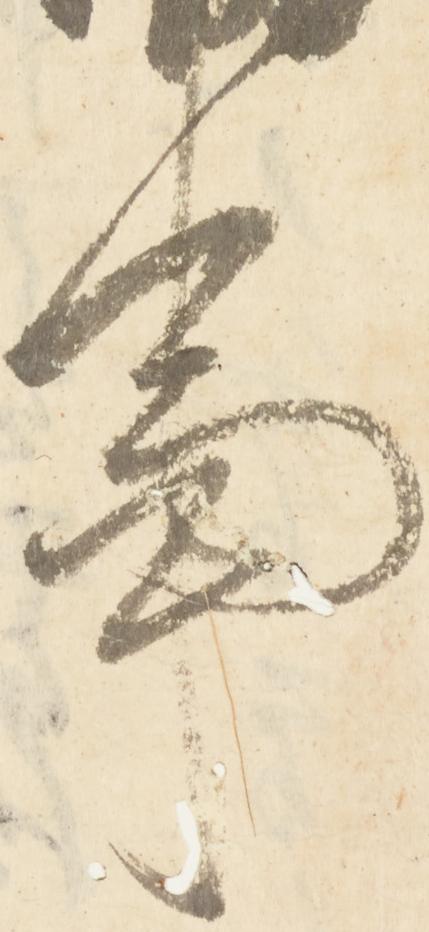
事